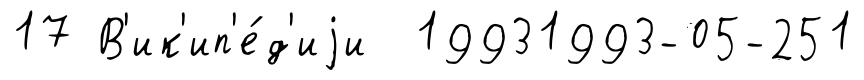
17 В'ик'ип'е́д'иjи 19931993-05-251